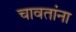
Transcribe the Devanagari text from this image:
चावतांना